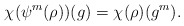
\begin{align*}\chi(\psi^m(\rho))(g) = \chi(\rho)(g^m).\end{align*}